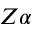
Z \alpha